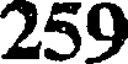
259